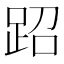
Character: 𬦪